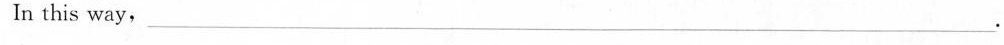
In this way，___.